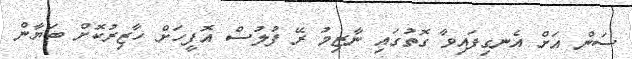
ސަން އަށް އެނގިފައިވާ ގޮތުގައި ނާޒިމު ރޭ ފުލުސް އޮފީހަށް ހާޒިރުކޮށް ބަޔާން